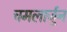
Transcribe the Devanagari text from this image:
चमलार्जुन